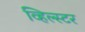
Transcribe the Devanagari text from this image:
व्हिल्स्टर